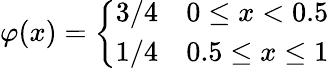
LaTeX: \varphi(x)={\left\{ \begin{array}{ll}{3/4}&{0\leq x<0.5}\\ {1/4}&{0.5\leq x\leq 1}\end{array}\right.}